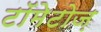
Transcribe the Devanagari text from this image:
टॉमेटोज़